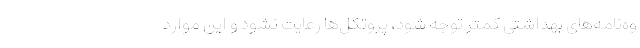
وه‌نامه‌های بهداشتی کمتر توجه شود، پروتکل‌ها رعایت نشود و این موارد